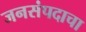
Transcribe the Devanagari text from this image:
जनसंपदाचा